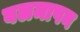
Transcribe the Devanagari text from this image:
बलमापन